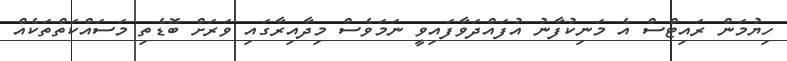
ހިޔުމަން ރައިޓްސް އެ މަނިކުފާނު އުފައްދަވާފައިވީ ނަމަވެސް މިދާއިރާގައި ވަރަށް ބޮޑެތި މަސައްކަތްތަކެއް